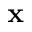
\bf { x }